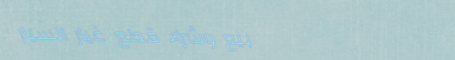
بيع وشراء قطع غيار السيار